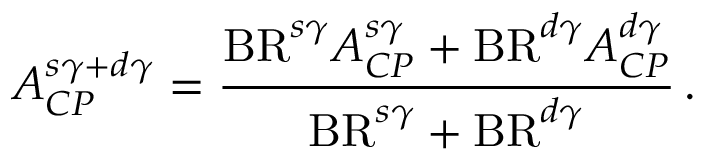
{ \cal A } _ { C P } ^ { s \gamma + d \gamma } = { \frac { \mathrm { B R } ^ { s \gamma } { \cal A } _ { C P } ^ { s \gamma } + \mathrm { B R } ^ { d \gamma } { \cal A } _ { C P } ^ { d \gamma } } { \mathrm { B R } ^ { s \gamma } + \mathrm { B R } ^ { d \gamma } } } \, .